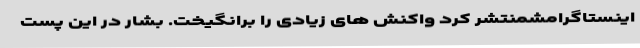
اینستاگرامشمنتشر کرد واکنش های زیادی را برانگیخت. بشار در این پست